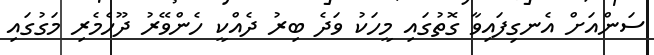
ސަންއަށް އެނގިފައިވާ ގޮތުގައި މީހަކު ވަދެ ބިރު ދެއްކީ ހެންވޭރު ދޫހެމެރި މަގުގައި